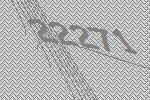
22271